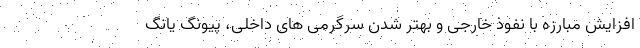
افزایش مبارزه با نفوذ خارجی و بهتر شدن سرگرمی های داخلی، پیونگ یانگ